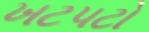
ખટપટો